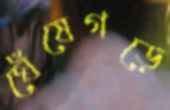
ঘেঁষেগড়ে